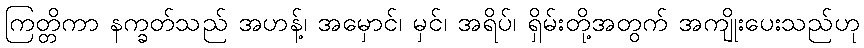
ကြတ္တိကာ နက္ခတ်သည် အဟန့်၊ အမှောင်၊ မှင်၊ အရိပ်၊ ရှိမ်းတို့အတွက် အကျိုးပေးသည်ဟု